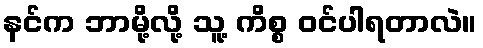
နင်က ဘာမို့လို့ သူ့ ကိစ္စ ဝင်ပါရတာလဲ။